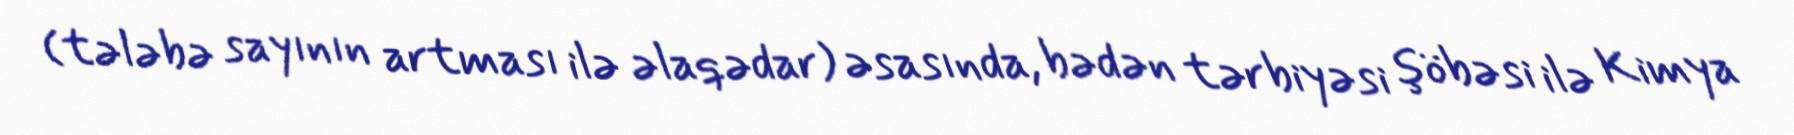
(tələbə sayının artması ilə əlaqədar) əsasında, bədən tərbiyəsi şöbəsi ilə Kimya